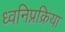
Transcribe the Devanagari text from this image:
ध्वनिप्रक्रिया